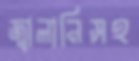
জ্বালানিসহ